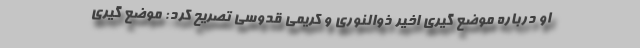
او درباره موضع گیری اخیر ذوالنوری و کریمی قدوسی تصریح کرد: موضع گیری